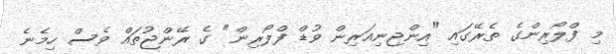
މި ފްލޯރިންގެ ތެރޭގައި "އިންޖިނިއަރިން ވުޑް ފްލޯރިން" ގެ ރޭންޖުތައް ވެސް ހިމެނެ